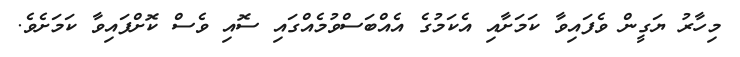
މިހާރު ޔަގީން ވެފައިވާ ކަމަށާއި އެކަމުގެ އެއްބަސްވުމެއްގައި ސޮއި ވެސް ކޮށްފައިވާ ކަމަށެވެ.